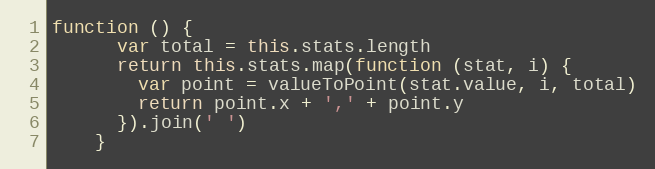
Language: JavaScript
function () {
      var total = this.stats.length
      return this.stats.map(function (stat, i) {
        var point = valueToPoint(stat.value, i, total)
        return point.x + ',' + point.y
      }).join(' ')
    }